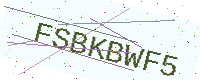
Text: FSBKBWF5